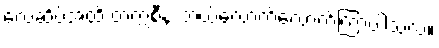
လေဆိပ်အထိ တက္ကစီနဲ့ ဘယ်လောက်လောက်ကြာပါသလဲ။